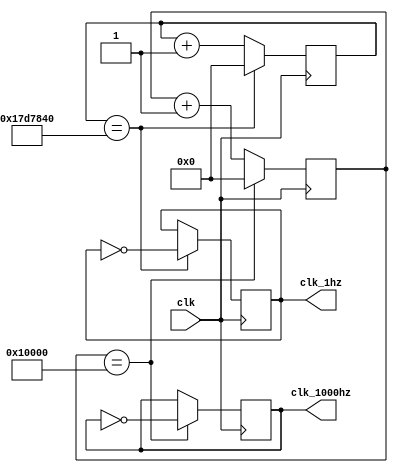
`timescale 1ns / 1ps







module slow_clock(
    input clk,
    output reg clk_1hz,
    output reg clk_1000hz
);

    reg [25:0] counter;
    reg [25:0] counter2;
            
    always @(posedge clk)
    begin
        ////if(counter == 100000000) //50 million, half of 100mhz
       // if(counter == 50000000)
       if(counter == 25000000)
            begin
            counter         <= 0;
            clk_1hz         <= ~clk_1hz ; 
            end
        else 
            counter         <= counter + 1;
    end
    
    
    always @(posedge clk)
    begin
        //if(counter2 == 131072)
       if(counter2 == 65536)
        //if(counter2 == 262144)
        begin
            counter2        <= 0;
            clk_1000hz      <= ~clk_1000hz;
        end
        else
            counter2        <= counter2 + 1;
    end









endmodule